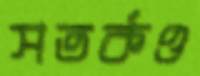
সতর্কও